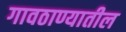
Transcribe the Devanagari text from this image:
गावठाण्यातील